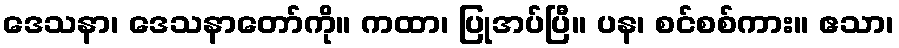
ဒေသနာ၊ ဒေသနာတော်ကို။ ကထာ၊ ပြုအပ်ပြီ။ ပန၊ စင်စစ်ကား။ ဧသာ၊